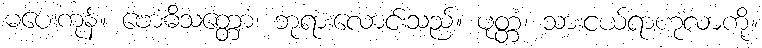
မပေးကုန်။ ဗောဓိသတ္တော၊ ဘုရားလောင်းသည်။ ပုတ္တံ၊ သားငယ်ရာဟုလာကို။